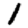
Digit: 1